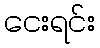
ငေးရင်း